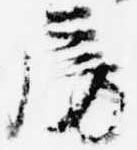
房